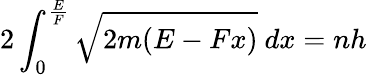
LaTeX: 2\int_{0}^{\frac{E}{F}}{\sqrt{2m(E-Fx)}}\ dx=nh